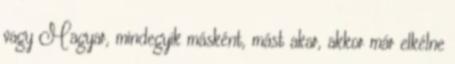
vagy Magyar, mindegyik másként, mást akar, akkor már elkélne